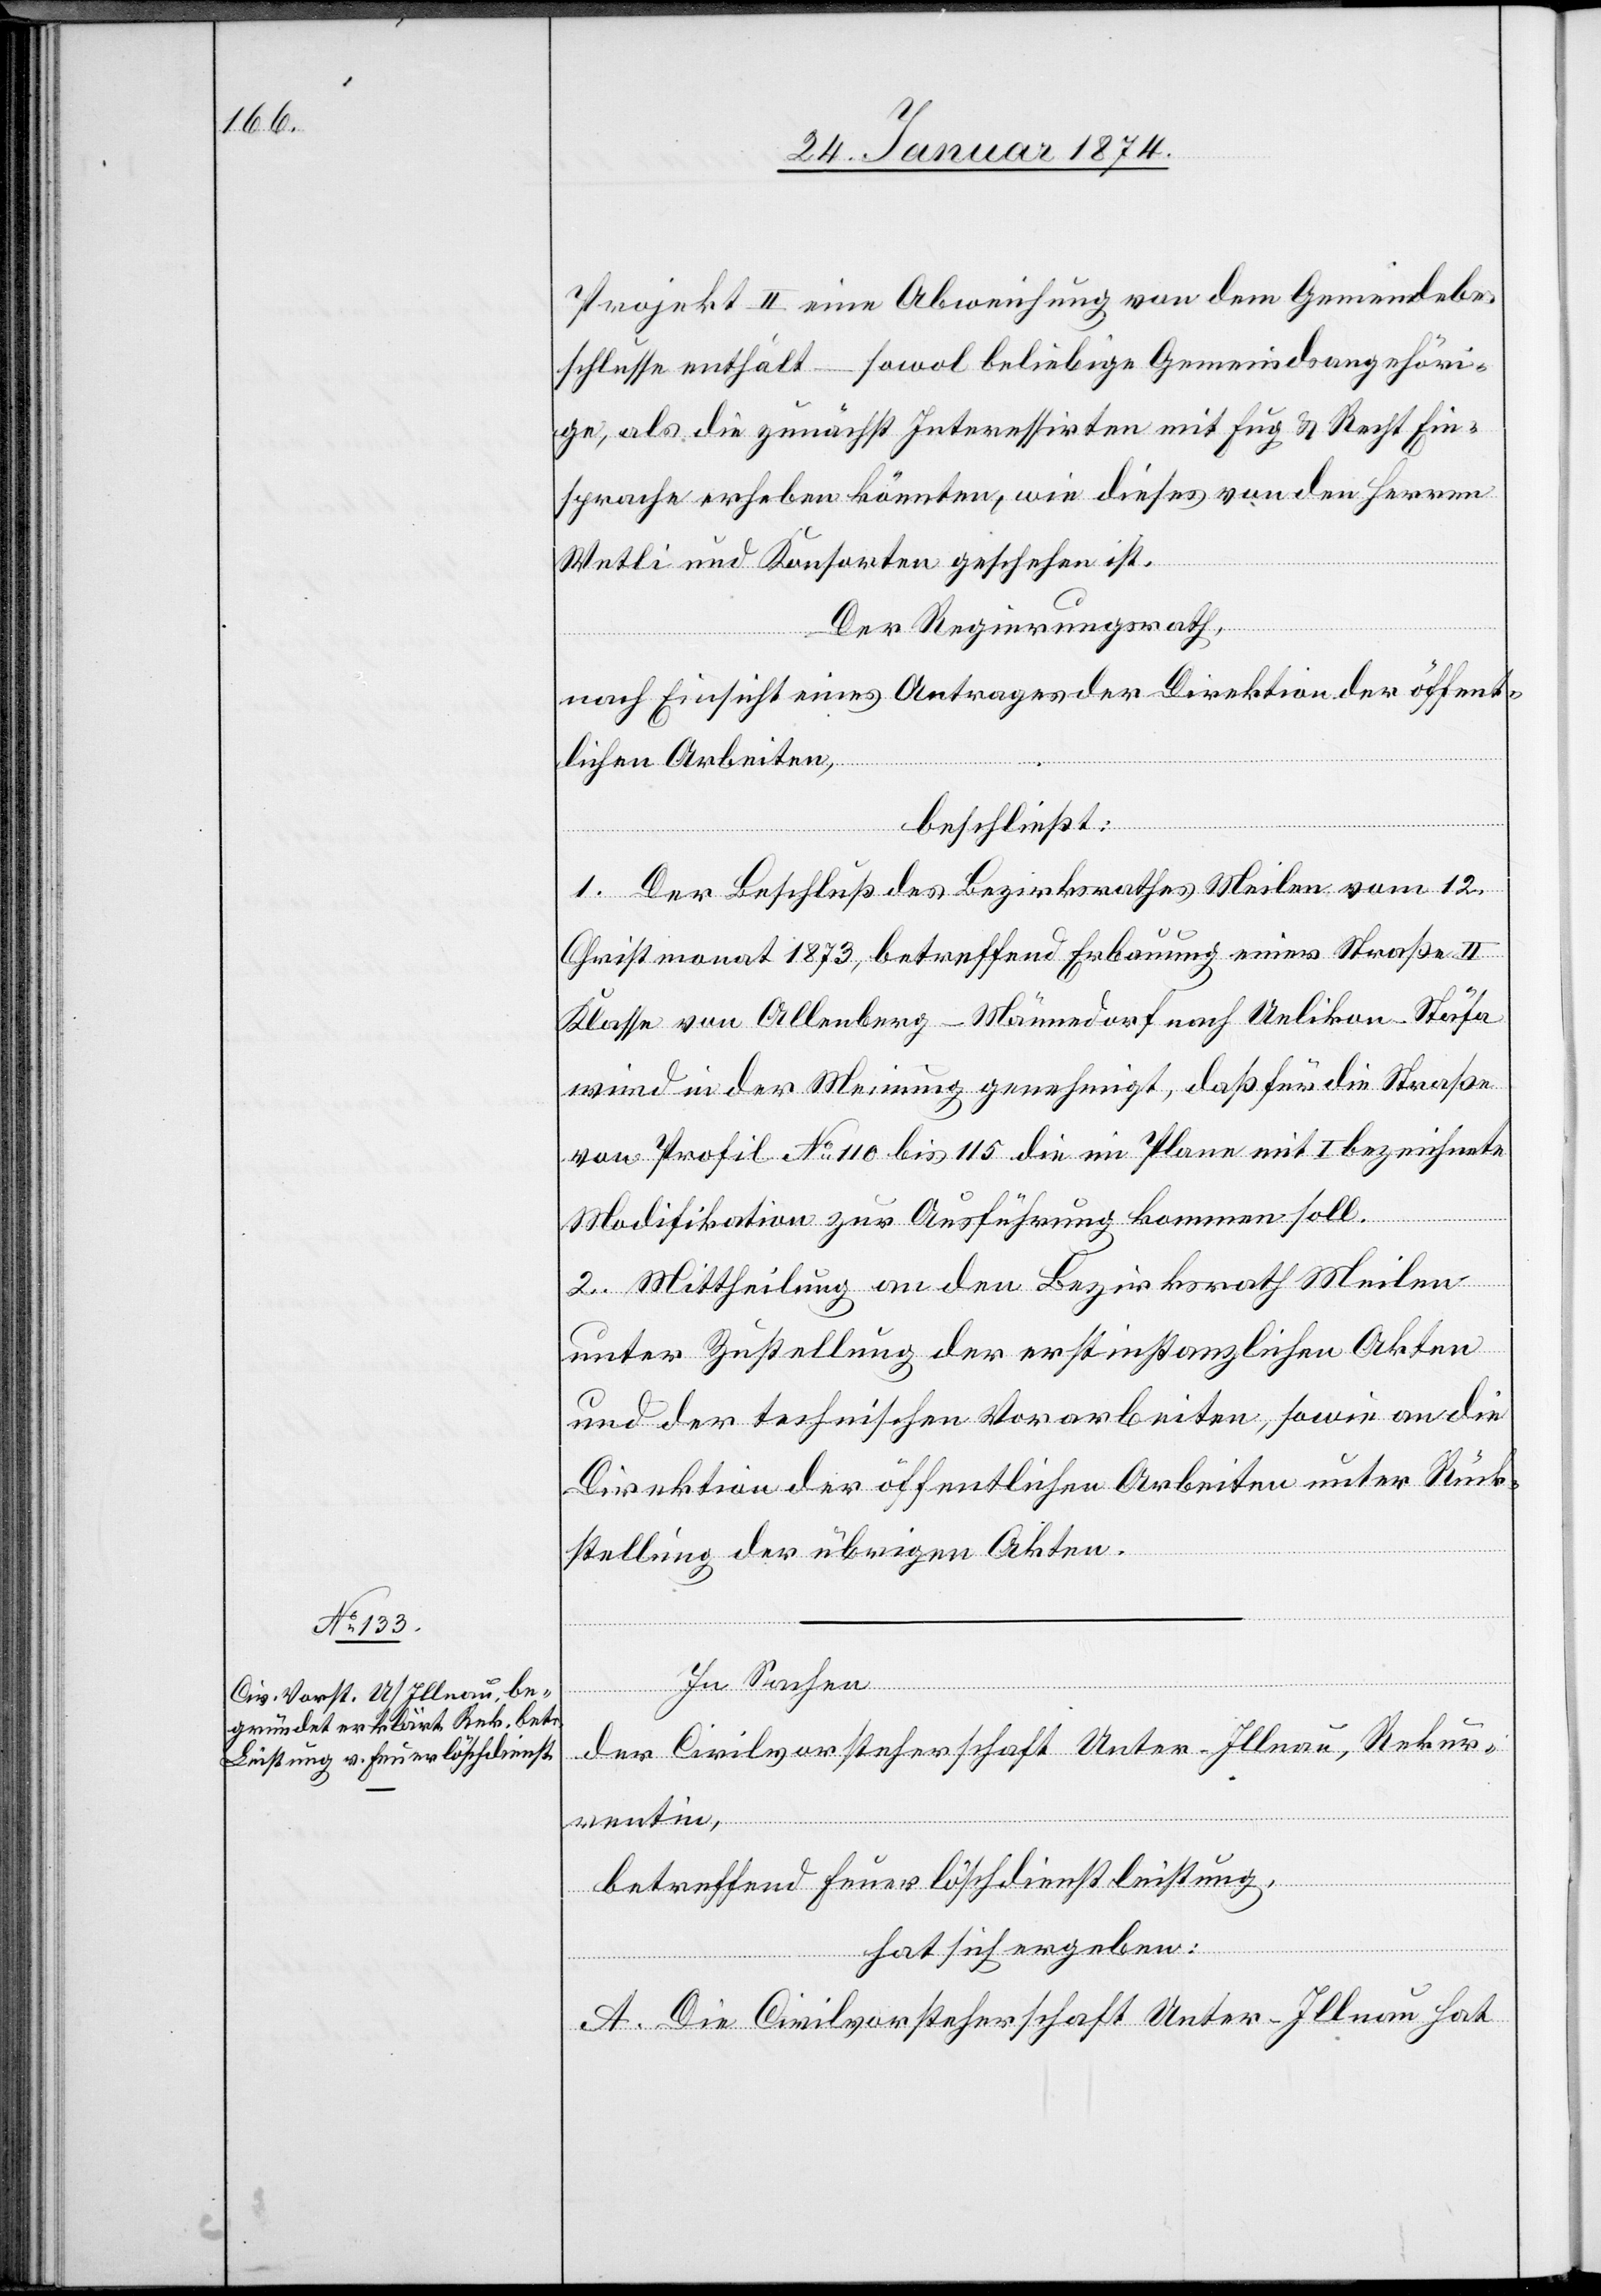
Projekt II eine Abweisung von dem Gemeindebe¬
schlusse enthält – sowol beliebige Gemeindsangehöri¬
ge, als die zunächst Interessirten mit Fug & Recht Ein¬
sprache erheben könnten, wie dieses von den Herren
Wetli und Konsorten geschehen ist.
Der Regierungsrath,
nach Einsicht eines Antrages der Direktion der öffent¬
lichen Arbeiten,
beschließt:
1. Der Beschluß des Bezirksrathes Meilen vom 12.
Christmonat 1873, betreffend Erbauung einer Straße II
Klasse von Allenberg-Männedorf nach Uelikon-Stäfa
wird in der Meinung genehmigt, daß für die Straße
von Profil No 10 bis 15 die im Plan mit I bezeichnete
Modifikation zur Ausführung kommen soll.
2. Mittheilung an den Bezirksrath Meilen
unter Zustellung der erstinstanzlichen Akten
und der technischen Vorarbeiten, sowie an die
Direktion der öffentlichen Arbeiten unter Rück¬
stellung der übrigen Akten.
In Sachen
der Civilvorsteherschaft Unter-Illnau, Rekur¬
rentin,
betreffend Feuerlöschdienstleistung,
hat sich ergeben:
A. Die Civilvorsteherschaft Unter-Illnau hat